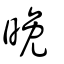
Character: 晚